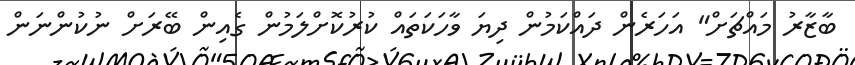
ބާޒާރު މައްޗަށް" އަހަރެން ދައްކަމުން ދިޔަ ވާހަކަތައް ކުރުކޮށްލަމުން ގެއިން ބޭރަށް ނުކުންނަން